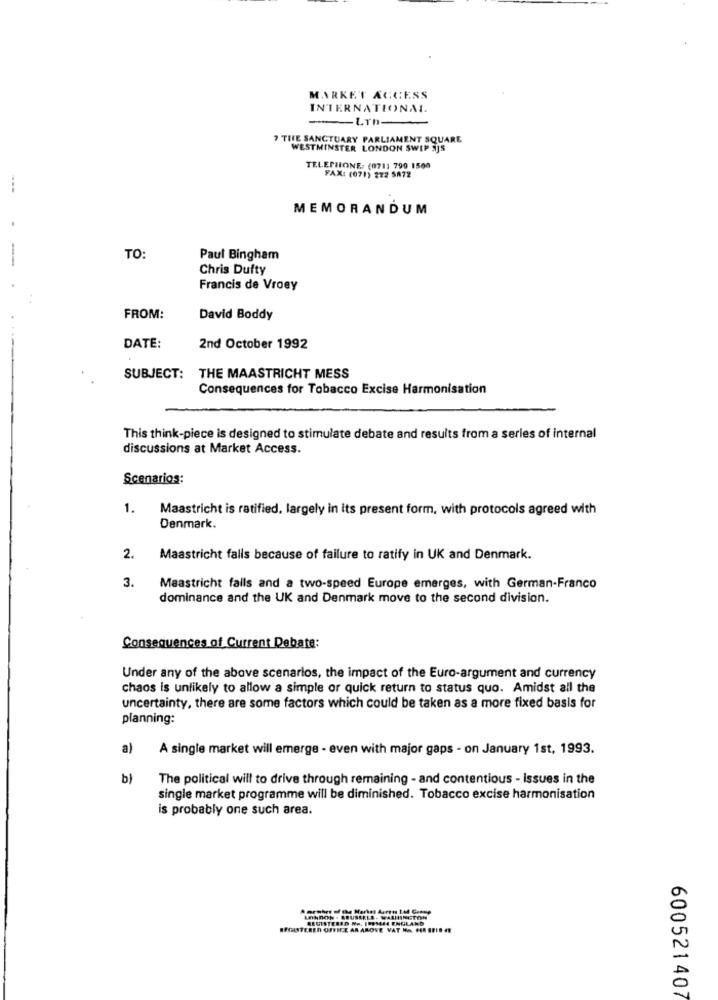
MARKET ACCESS
INTERNATIONAL.
LTD-
7 THE SANCTUARY PARLIAMENT SQUARE
WESTMINSTER LONDON SWIP SJS
TELEPHONE: (071) 790 1500
FAX: (071) 222 5A72
MEMORANDUM
TO:
Paul Bingham
Chris Dufty
Francis de Vroey
FROM:
David Boddy
DATE:
2nd October 1992
SUBJECT: THE MAASTRICHT MESS
Consequences for Tobacco Excise Harmonisation
This think-piece is designed to stimulate debate and results from a series of internal
discussions at Market Access.
Scenarios:
1.
Maastricht is ratified, largely in its present form, with protocols agreed with
Denmark.
2.
Maastricht falls because of failure to ratify in UK and Denmark.
3.
Maastricht falls and a two-speed Europe emerges, with German-Franco
dominance and the UK and Denmark move to the second division.
Consequences of Current Debate:
Under any of the above scenarios, the impact of the Euro-argument and currency
chaos is unlikely to allow a simple or quick return to status quo. Amidst all the
uncertainty, there are some factors which could be taken as a more fixed basis for
planning:
a)
A single market will emerge - even with major gaps - on January 1st, 1993.
b)
The political will to drive through remaining - and contentious - Issues in the
single market programme will be diminished. Tobacco excise harmonisation
is probably one such area.
LONDON . BRUSSELS - WASHINGTON
REGISTERED No. 1991444 ENGLAND
REGISTERED OFFICE AN AROVE VAT MA CER BE!
600521407